Medical and sanitary report of the native army of Madras for the year
Year: 1875
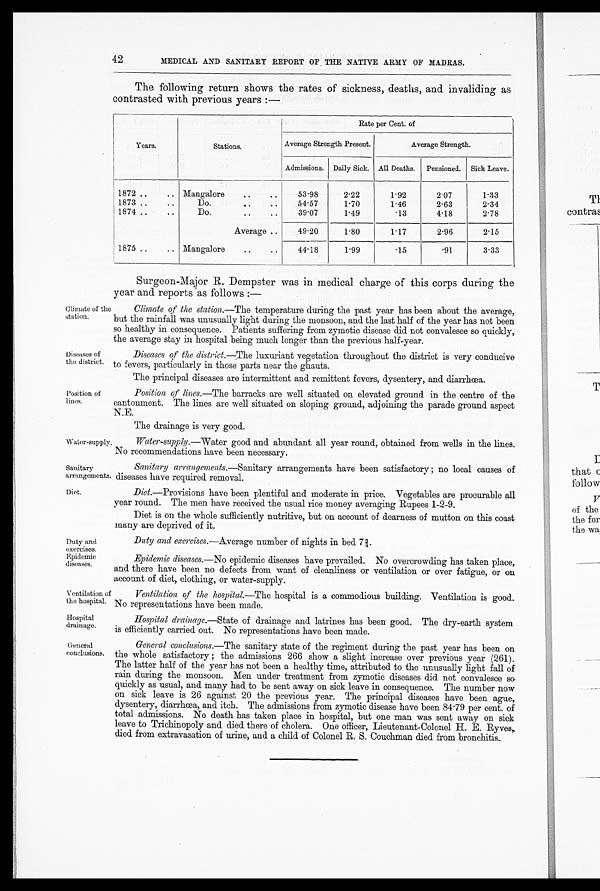
had.42
MEDICAL AND SANITARY REPORT OF THE NATIVE ARMY OF MADRAS
The following return shows the rates of sickness, deaths, and invaliding as
contrasted with previous years :—
Years.
Stations.
Rate per Cent. of
Average Strength Present.
Average Strength.
Admissions. Daily Sick. All Deaths.
Pensioned. Sick Leave.
1872 ..
Mangalore
..
..
53.98
2.22
1.92
2.07
1.33
1873 ..
..
Do.
. . •
54.57
1.70
1.46
2.63
2.34
1874 ..
..
Do.
..
..
39.07
1.49
.13
418
2.78
Average ..
49.20
1.80
117
2.96
215
1875 ..
.. Mangalore
..
..
44.18
1.99
.15
.91
3.33
Climate of the
station.
Diseases of
the district.
Position of
lines.
Surgeon-Major R. Dempster was in medical charge of this corps during the
year and reports as follows : —
Climate of the station. —The temperature during the past year has been about the average,
but the rainfall was unusually light during the monsoon, and. the last half of the year has not been
so healthy in consequence. Patients suffering from zymotic disease did. not convalesce so quickly,
the average stay in hospital being much longer than the previous half-year.
Diseases of the district. —The luxuriant vegetation throughout the district is very conducive
to fevers, particularly in those parts near the ghauts.
The principal diseases are intermittent and remittent fevers, dysentery, and diarrhœa.
Position of lines. —The barracks are well situated on elevated ground in the centre of the
cantonment. The lines are well situated on sloping ground, adjoining the parade ground aspect
N.E.
Water-supply
Sanitary
arrangements.
Diet.
Duty and
exercises.
Epidemic
diseases.
Ventilation o
f t h e h o s p i t a l .
Hospital
drainage.
General
conclusions.
The drainage is very good.
Water-supply.—Water good and abundant all year round, obtained from wells in the lines.
No recommendations have been necessary.
Sanitary arrangements.—Sanitary arrangements have been satisfactory ; no local causes of
diseases have required removal.
Diet.— Provisions have been plentiful and moderate in price. Vegetables are procurable all
year round. The men have received the usual rice money averaging Rupees 1-2-9.
Diet is on the whole sufficiently nutritive, but on account of dearness of mutton on this coast
many are deprived of it.
Duty and exercises. — Average number of nights in bed 7 ¾.
Epidemic diseases. —No epidemic diseases have prevailed. No overcrowding has taken place,
and there have been no defects from want of cleanliness or ventilation or over fatigue, or on
account of diet, clothing, or water-supply.
Ventilation of the hospital.—The hospital is a commodious building. Ventilation is good.
No representations have been made.
Hospital drainage.—State of drainage and latrines has been good. The dry-earth system
is efficiently carried out. No representations have been made.
General conclusions. —The sanitary state of the regiment during the past year has been on
the whole satisfactory ; the admissions 266 show a slight increase over previous year (261).
The latter half of the year has not been a healthy time, attributed to the unusually light fall of
rain during the monsoon. Men under treatment from zymotic diseases did not convalesce so.
quickly as usual, and many had to be sent away on sick leave in consequence. The number now
on sick leave is 26 against 20 the previous year. The principal diseases have been ague,
dysentery, diarrhœa, and itch. The admissions from zymotic disease have been 84 .79 per cent. of
total admissions. No death has taken place in hospital, but one man was sent away on sick
leave to Trichinopoly and died there of cholera. One officer, Lieutenant-Colonel H. E. Ryves
died from extravasation of urine, and a child of Colonel R. S. Couchman died from bronchitis.